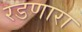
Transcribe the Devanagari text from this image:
रडणारा